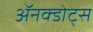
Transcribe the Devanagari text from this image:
ॲनक्डोट्स